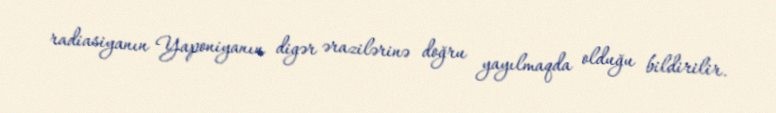
radiasiyanın Yaponiyanın digər ərazilərinə doğru yayılmaqda olduğu bildirilir.